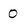
Character: 0